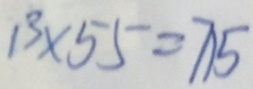
1 3 \times 5 5 = 7 1 5